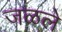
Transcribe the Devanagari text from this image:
जळले